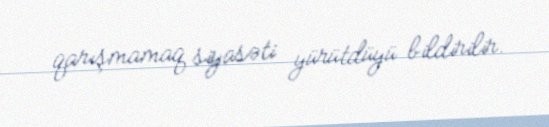
qarışmamaq siyasəti yürütdüyü bildirilir.